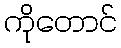
ကိုတောင်